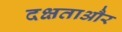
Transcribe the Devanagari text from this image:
दक्षताऔर